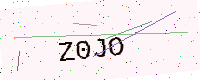
Text: Z0JO